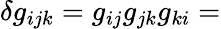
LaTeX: \delta{}g_{ijk}=g_{ij}g_{jk}g_{ki}=